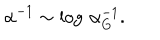
LaTeX: \alpha ^ { - 1 } \sim \log \, \alpha _ { G } ^ { - 1 } .